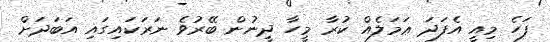
ފަހެ މިއީ އެފަދަ ޢަމަލެއް ކުރާ މީހާ ދީނުން ބޭރުވެ ނަރަކައިގައި އަބަދަށް